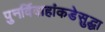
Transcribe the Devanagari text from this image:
पुनर्विवाहांकडेसुद्धा